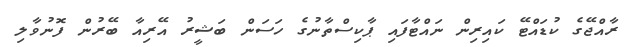
ރާއްޖޭގެ ކުޑައްޓޭ ކައިރިން ނައްޓާފައި ޕާކިސްތާނުގެ ހަސަން ބަޝީރު އޭރިއާ ބޭރުން ފޮނުވާލި